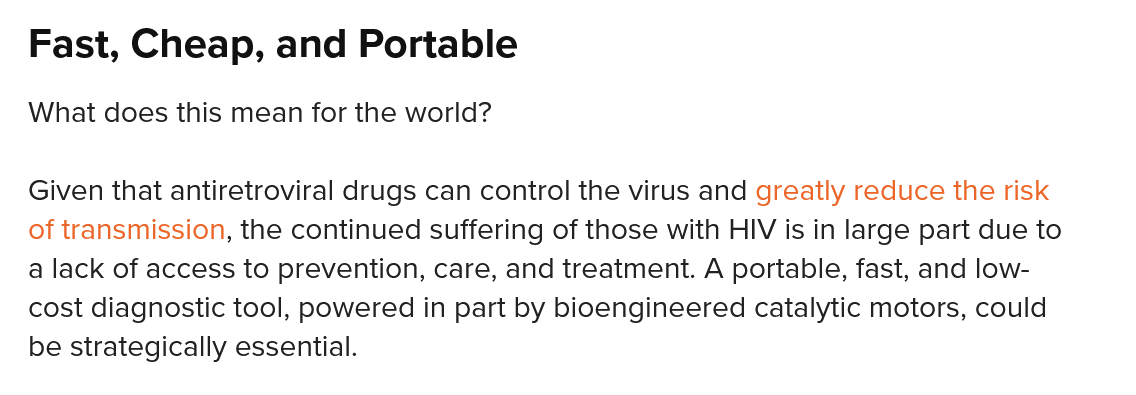
Fast, Cheap,    and   Portable
  Given that antiretroviral drugs can control the virus and greatly reduce the risk
  of transmission, the continued suffering of those with HIV is in large part due to
  a lack of access to prevention, care, and treatment. A portable, fast, and low-
  cost diagnostic tool, powered in part by bioengineered catalytic motors, could
   be strategically essential.
  What  does this mean for the world?